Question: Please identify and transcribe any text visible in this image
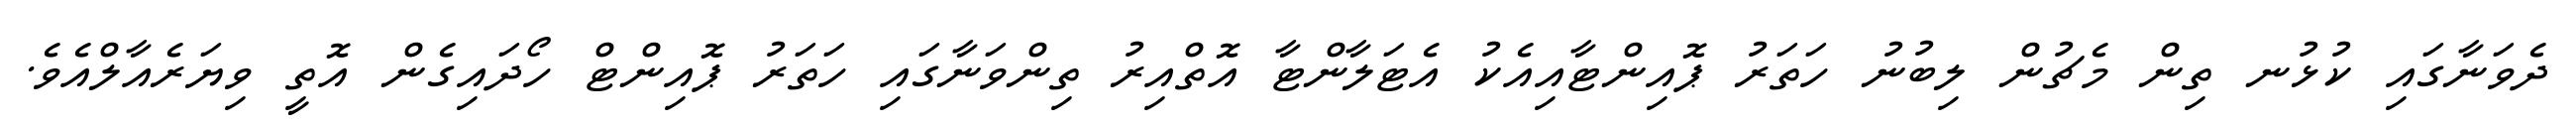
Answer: ދެވަނާގައި ކުޅުނ ތިން މެޗުން ލިބުނު ހަތަރު ޕޮއިންޓާއިއެކު އެޓަލާންޓާ އޮތްއިރު ތިންވަނާގައި ހަތަރު ޕޮއިންޓް ހޯދައިގެން އޮތީ ވިޔަރެއާލްއެވެ.